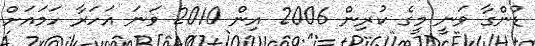
ޑުންގާ ވަނީ މީގެ ކުރިން 2006 އިން 2010 ވަނަ އަހަރާ ހަމައަށް